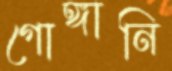
গোঙ্গানি